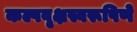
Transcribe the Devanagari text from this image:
कल्पवृक्षस्वरूपिणे